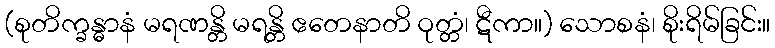
(စုတိက္ခန္ဓာနံ မရဏန္တိ မရန္တိ ဧတေနာတိ ဝုတ္တံ၊ ဋီကာ။) သောစနံ၊ စိုးရိမ်ခြင်း။